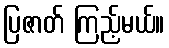
ပြဇာတ် ကြည့်မယ်။